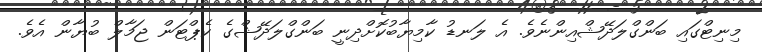
މިނިޓްގައި ބަންގްލަދޭޝްއިންނެވެ. އެ ލަނޑު ކާމިޔާބުކޮށްދިނީ ބަންގްލަދޭޝްގެ ކެޕްޓަން ޖަމާލް ބުޔާން އެވެ.